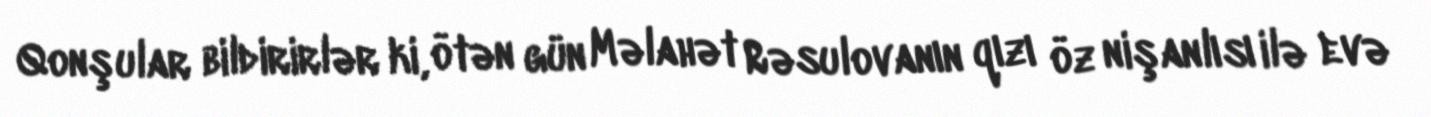
Qonşular bildirirlər ki, ötən gün Məlahət Rəsulovanın qızı öz nişanlısı ilə evə